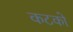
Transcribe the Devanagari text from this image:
कटको